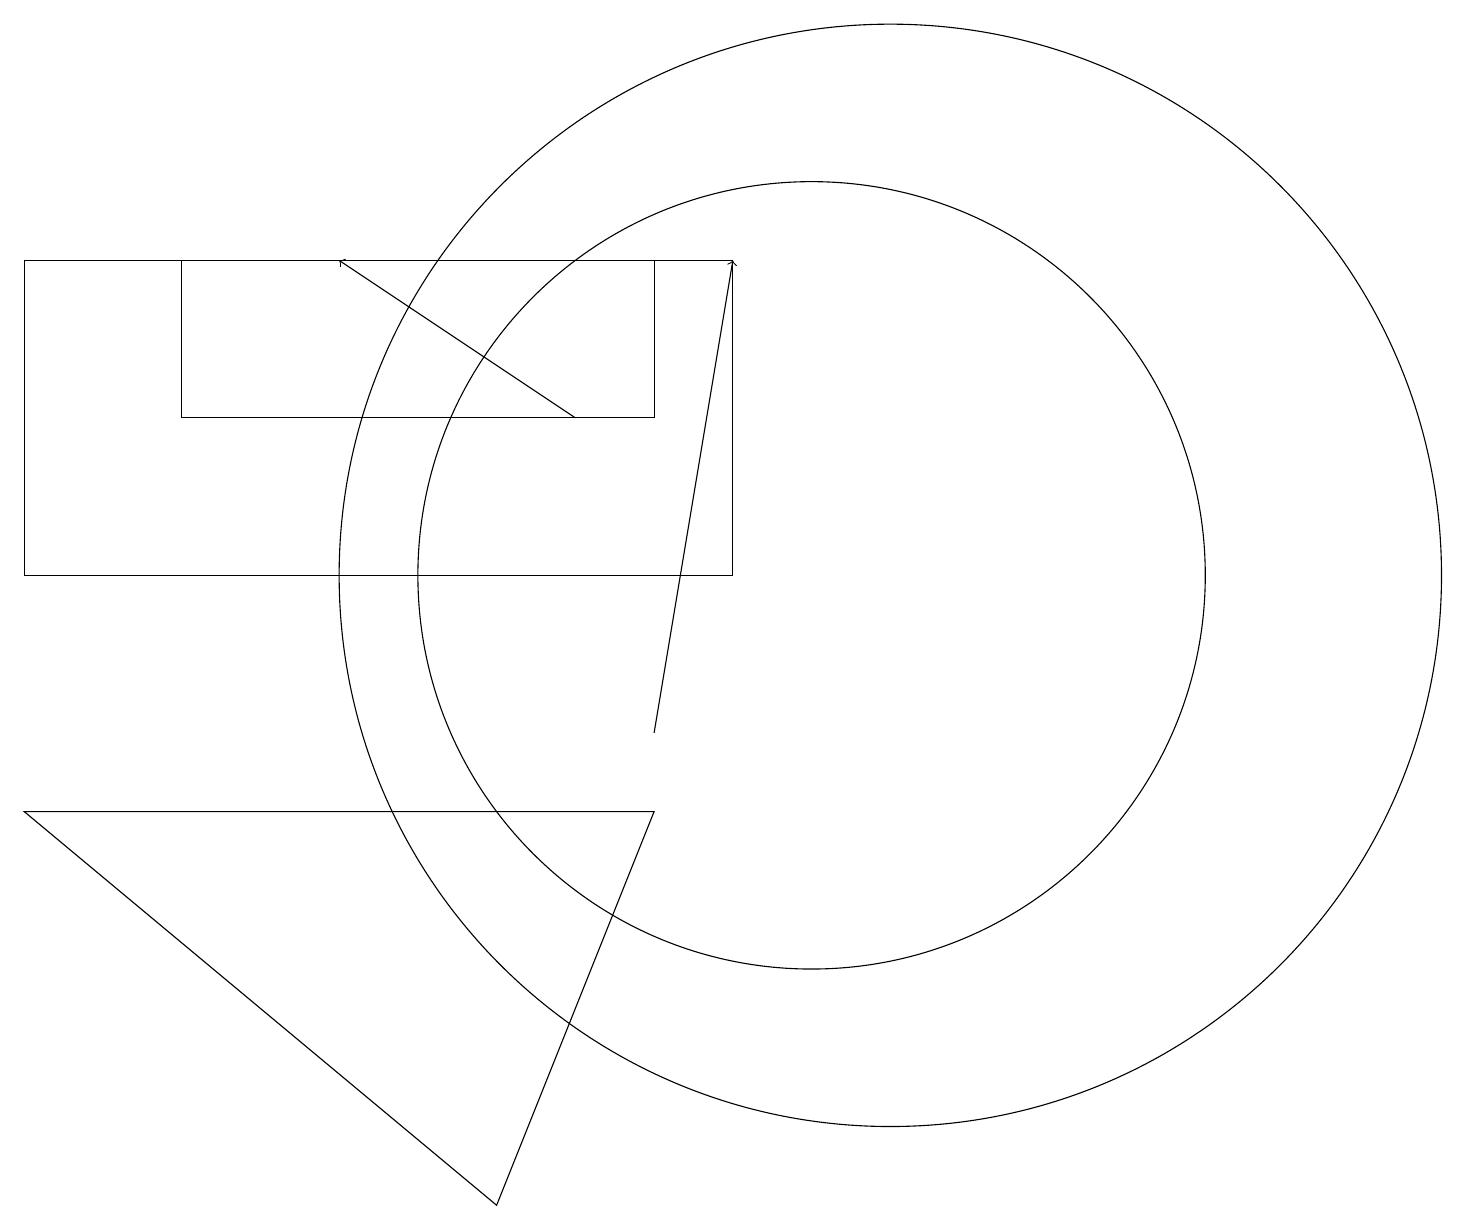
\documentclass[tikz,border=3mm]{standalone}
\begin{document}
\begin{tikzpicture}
\draw (9,16) rectangle (0,12);
\draw (10,12) circle (5);
\draw (6,4) -- (0,9) -- (8,9) -- cycle;
\draw[->] (7,14) -- (4,16);
\draw[->] (8,10) -- (9,16);
\draw (2,14) rectangle (8,16);
\draw (11,12) circle (7);
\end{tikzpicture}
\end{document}